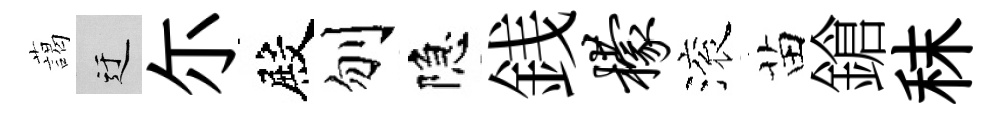
藹迂尓殿刎隐銭檬滚苗鎗秣